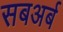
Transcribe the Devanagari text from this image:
सबअर्ब